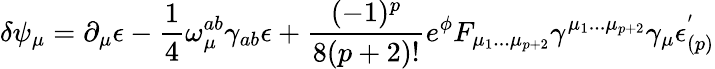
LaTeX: \delta\psi_{\mu}=\partial_{\mu}\epsilon-{\frac{1}{4}}\omega_{\mu}^{ab}\gamma_{ab}\epsilon+{\frac{(-1)^{p}}{8(p+2)!}}e^{\phi}F_{\mu_{1}...\mu_{p+2}}\gamma^{\mu_{1}...\mu_{p+2}}\gamma_{\mu}\epsilon_{(p)}^{'}